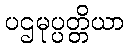
ပဌမုပ္ပတ္တိယာ